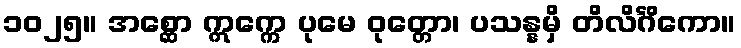
၁၀၂၅။ အစ္ဆော ဣက္ကေ ပုမေ ဝုတ္တော၊ ပသန္နမှိ တိလိင်္ဂိကော။